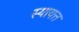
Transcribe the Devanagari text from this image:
स्यायत्त